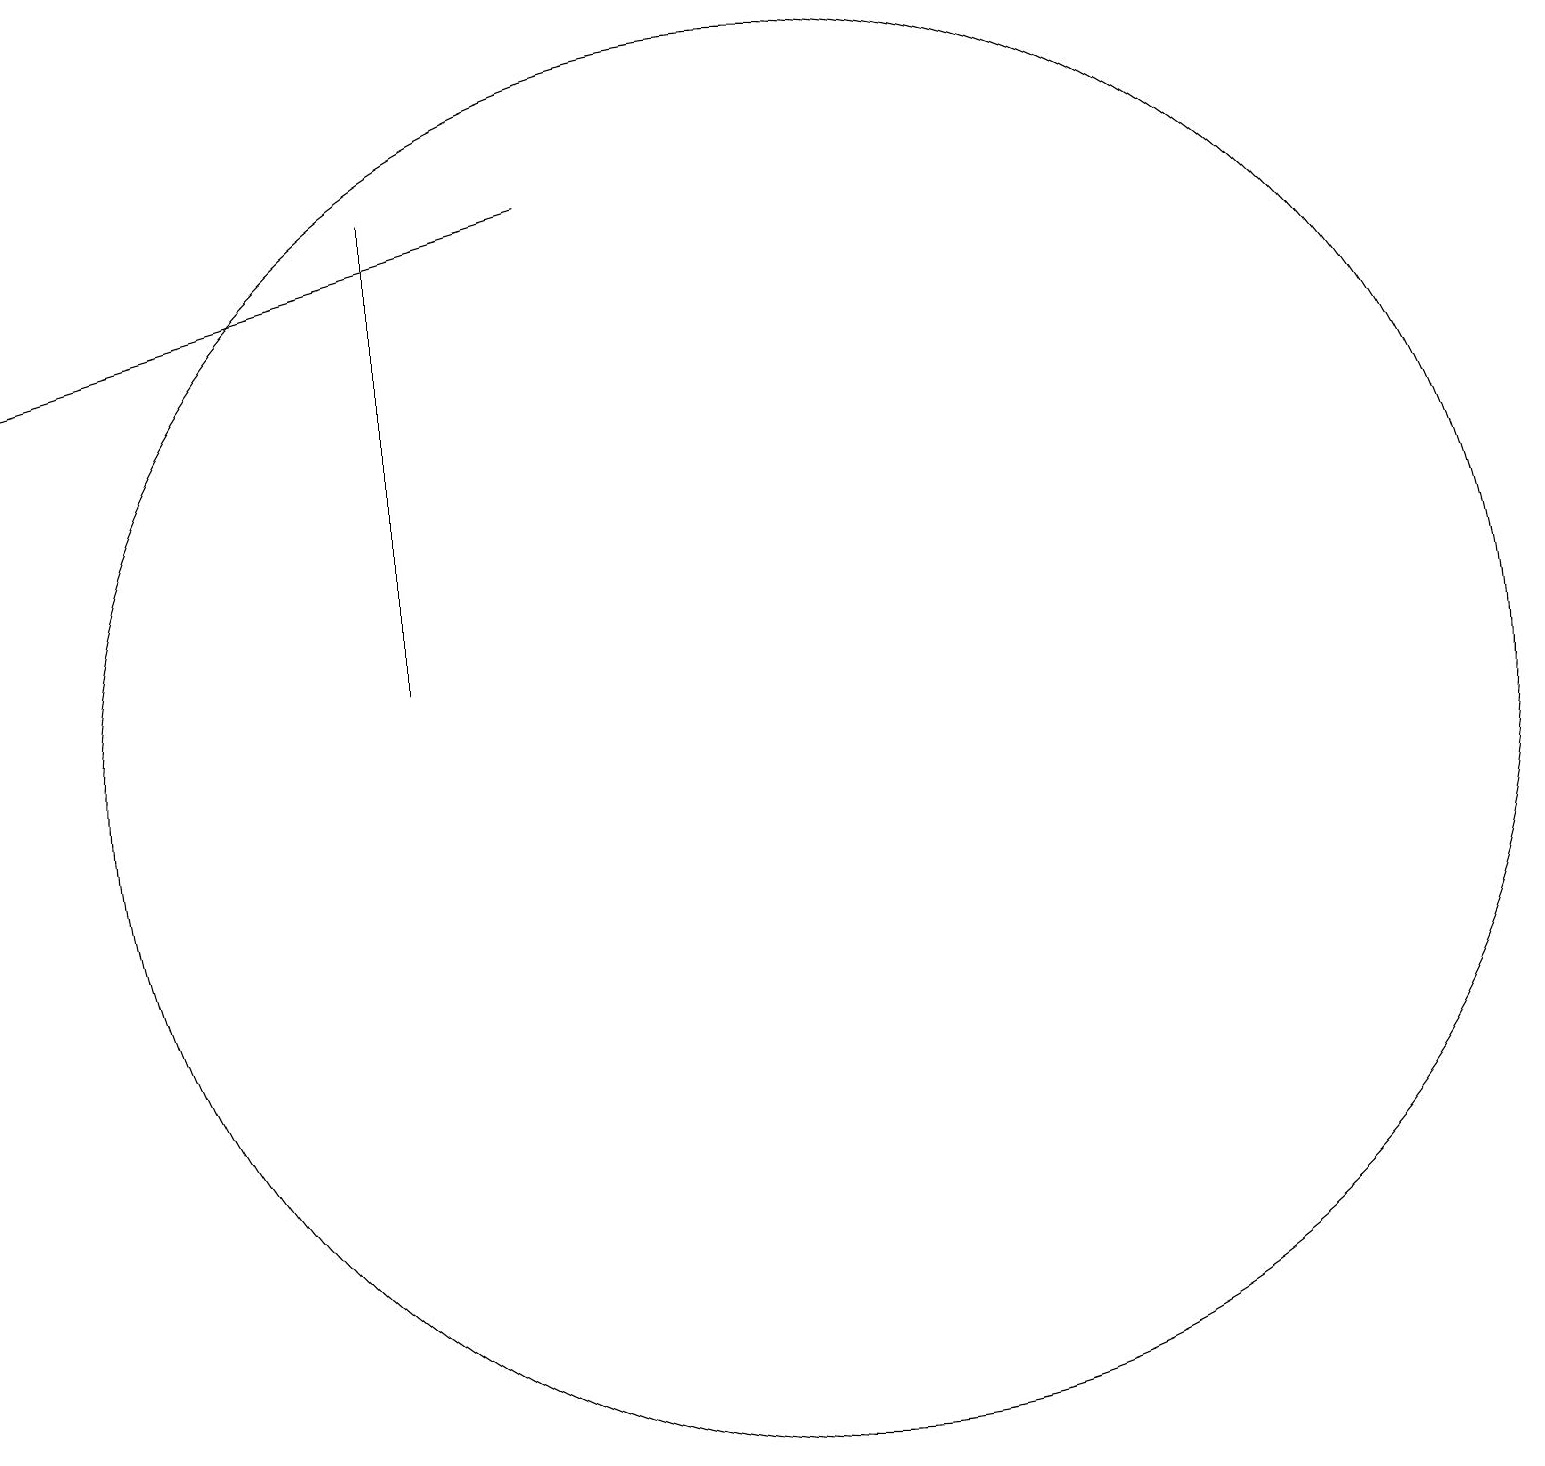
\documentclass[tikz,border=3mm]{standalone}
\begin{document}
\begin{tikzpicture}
\draw (11,12) circle (9);
\draw (6,13) rectangle (6,19);
\draw[->] (8,19) -- (1,17);
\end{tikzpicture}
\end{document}